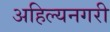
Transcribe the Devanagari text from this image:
अहिल्यनगरी